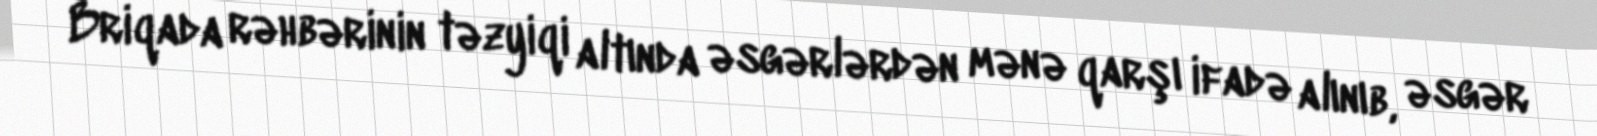
Briqada rəhbərinin təzyiqi altında əsgərlərdən mənə qarşı ifadə alınıb, əsgər